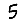
Digit: 5